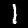
Digit: 1